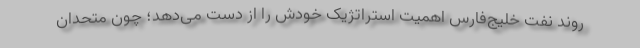
روند نفت خلیج‌فارس اهمیت استراتژیک خودش را از دست می‌دهد؛ چون متحدان